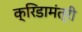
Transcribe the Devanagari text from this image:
क्रिडामंत्री